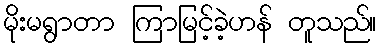
မိုးမရွာတာ ကြာမြင့်ခဲ့ဟန် တူသည်။